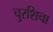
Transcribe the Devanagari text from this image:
चुरशिचा